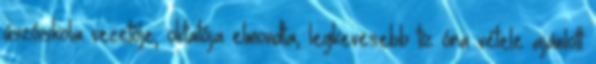
úszóiskola vezetője, oktatója elmondta, legkevesebb tíz óra vétele ajánlott